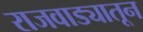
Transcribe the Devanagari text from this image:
राजवाड्यातून